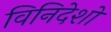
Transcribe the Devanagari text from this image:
विनिदेशों